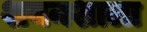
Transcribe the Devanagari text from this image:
शयनशाला